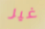
غير